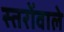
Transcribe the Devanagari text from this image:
स्तरोंवाले